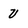
Character: u